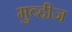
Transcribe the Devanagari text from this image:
मुव्हीज